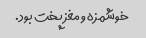
خوشمزه و مغز پخت بود.